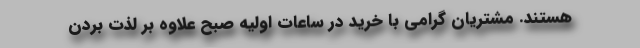
هستند. مشتریان گرامی با خرید در ساعات اولیه صبح علاوه بر لذت بردن